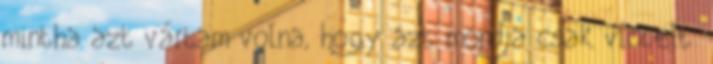
mintha azt vártam volna, hogy azt mondja csak viccelt.